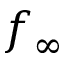
f _ { \infty }